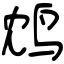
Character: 鸩